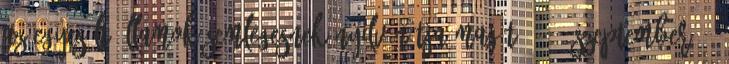
Az Egyesült Államok semlegesnek nyilvánítja magát. 1939 szeptember 6.